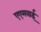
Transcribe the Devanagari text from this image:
एएमवाई